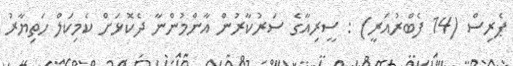
ޕެރިސް (14 ފެބްރުއަރީ) : ސީރިއާގެ ސަރުކާރުން އާންމުންނާ ދެކޮޅަށް ކެމިކަލް ހަތިޔާރު